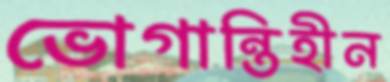
ভোগান্তিহীন